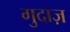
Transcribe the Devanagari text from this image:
गुदाज़